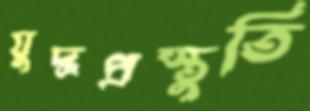
যুদ্ধপ্রস্তুতি